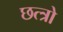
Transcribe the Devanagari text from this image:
छत्त्रो